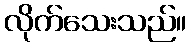
လိုက်သေးသည်။